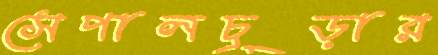
সেপালচূড়ার